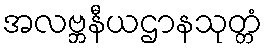
အလဗ္ဘနီယဌာနသုတ္တံ